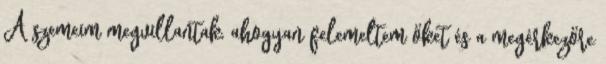
A szemeim megvillantak, ahogyan felemeltem őket és a megérkezőre